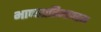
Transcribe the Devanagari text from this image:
भाण्डप्रतिभाण्डम